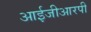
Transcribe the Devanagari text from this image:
आईजीआरपी